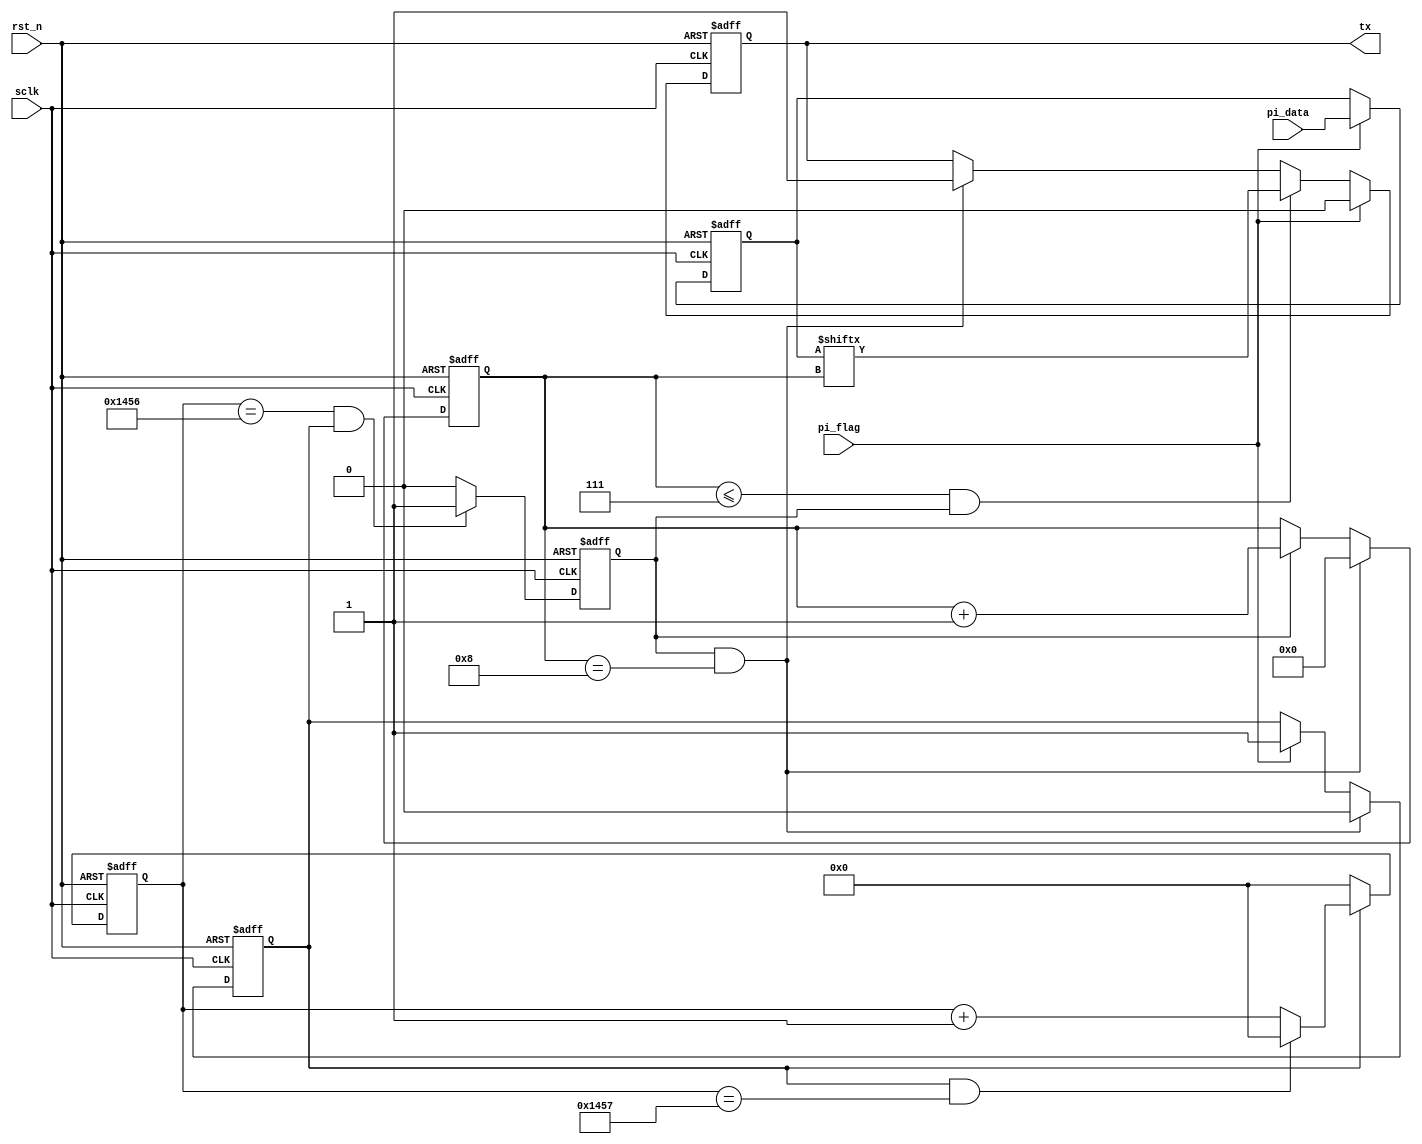

module uart_tx(
	input	wire 			sclk,
	input	wire 			rst_n,
	input	wire 			pi_flag,
	input	wire 	[7:0]	pi_data,
	output	reg 			tx
	);
parameter CNT_BAUD_MAX = 5207;
reg 	[7:0]	data_reg;
reg 			tx_flag;
reg 	[12:0]	cnt_baud;
reg 			bit_flag;
reg 	[3:0]	bit_cnt;


always @(posedge sclk or negedge  rst_n) begin
	if (rst_n == 1'b0) begin
		data_reg <='d0;
	end
	else if (pi_flag == 1'b1) begin
		data_reg <= pi_data;
	end
end

always @(posedge sclk or negedge rst_n) begin
	if (rst_n == 1'b0) begin
		tx_flag <= 1'b0;
	end
	else if(bit_flag == 1'b1 && bit_cnt == 4'd8) begin
		tx_flag <= 1'b0;
	end
	else if (pi_flag == 1'b1) begin
		tx_flag <= 1'b1;
	end
end

always @(posedge sclk or negedge rst_n) begin
	if (rst_n == 1'b0) begin
		cnt_baud <= 'd0;
	end
	else if(tx_flag == 1'b0)begin
		cnt_baud <='d0;
	end
	else if (tx_flag == 1'b1 && cnt_baud == CNT_BAUD_MAX) begin
		cnt_baud <= 'd0;
	end
	else if (tx_flag == 1'b1) begin
		cnt_baud <= cnt_baud + 1'b1;
	end
end

always @(posedge sclk or negedge rst_n) begin
	if (rst_n == 1'b0) begin
		bit_flag <= 1'b0;
	end
	else if (cnt_baud == CNT_BAUD_MAX -1  && tx_flag == 1'b1) begin
		bit_flag <= 1'b1;
	end
	else begin
		bit_flag <= 1'b0;
	end
end


always @(posedge sclk or negedge rst_n) begin
	if (rst_n == 1'b0) begin
		bit_cnt <= 'd0;
	end
	else if(bit_flag == 1'b1 &&  bit_cnt == 4'd8) begin
		bit_cnt <= 'd0;
	end
	else if (bit_flag == 1'b1) begin
		bit_cnt <= bit_cnt + 1'b1;
	end
end

always @(posedge sclk or negedge rst_n) begin
	if (rst_n == 1'b0) begin
		tx <= 1'b1;
	end
	else if (pi_flag == 1'b1) begin
		tx <= 1'b0;
	end
	else if (bit_cnt<=7 && bit_flag == 1'b1) begin
		tx <= data_reg[bit_cnt];
	end
	else if (bit_flag == 1'b1 && bit_cnt == 4'd8) begin
		tx <= 1'b1;
	end
end

endmodule